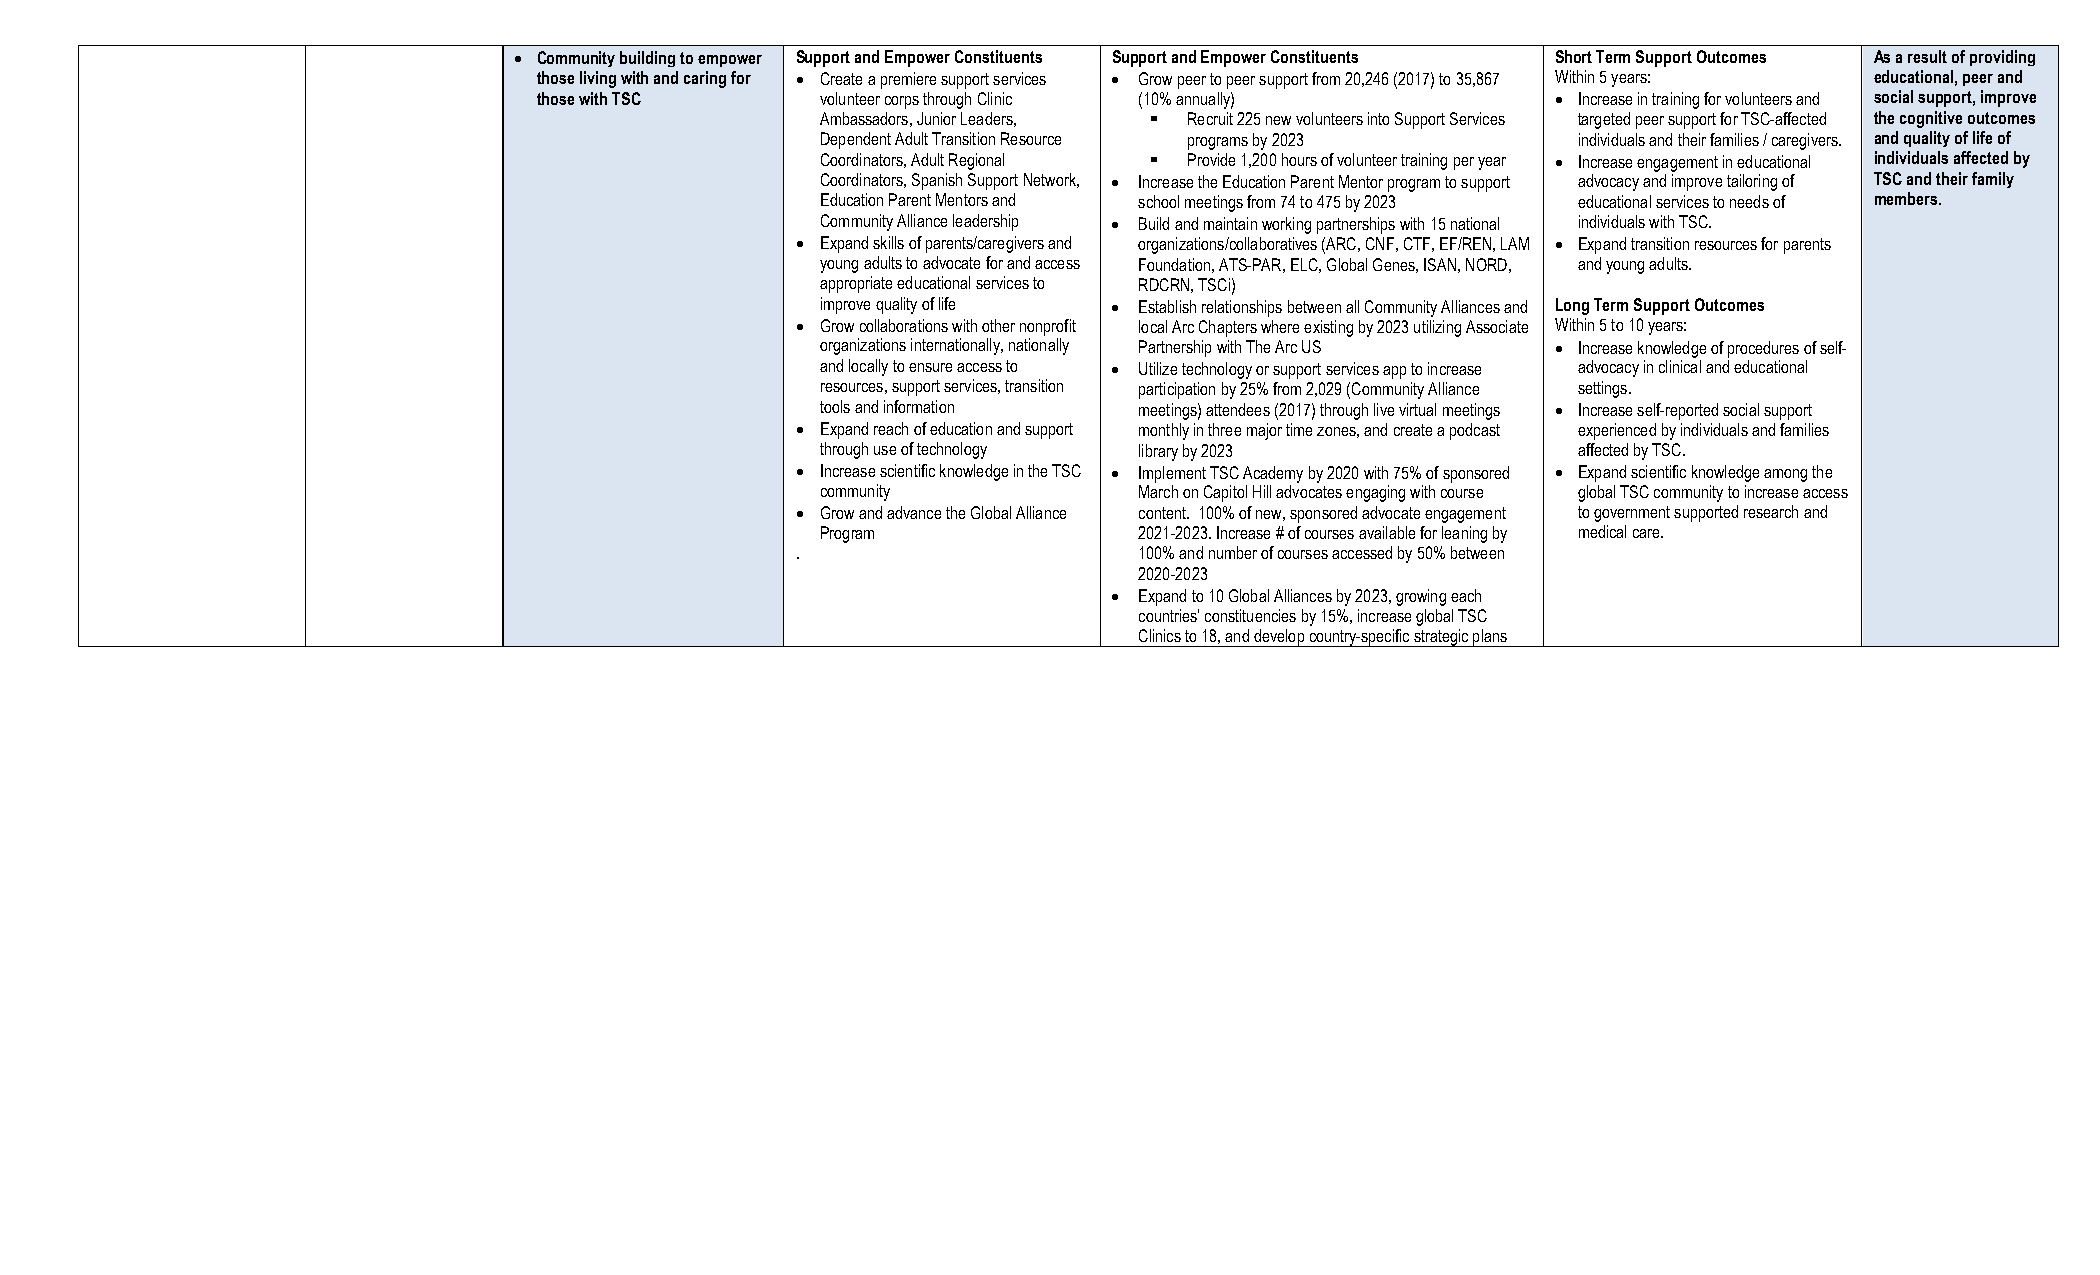
• Community building to empower Support and Empower Constituents Support and Empower Constituents Short Term Support Outcomes As a result of providing
 those living with and caring for • Create a premiere support services • Grow peer to peer support from 20,246 (2017) to 35,867 Within 5 years: educational, peer and
 those with TSC    volunteer corps through Clinic (10% annually)    • Increase in training for volunteers and social support, improve
 Ambassadors, Junior Leaders, § Recruit 225 new volunteers into Support Services targeted peer support for TSC-affected the cognitive outcomes
 Dependent Adult Transition Resource programs by 2023 individuals and their families / caregivers. and quality of life of
 Coordinators, Adult Regional § Provide 1,200 hours of volunteer training per year • Increase engagement in educational individuals affected by
 Coordinators, Spanish Support Network, • Increase the Education Parent Mentor program to support advocacy and improve tailoring of TSC and their family
 Education Parent Mentors and school meetings from 74 to 475 by 2023 educational services to needs of members.
 Community Alliance leadership • Build and maintain working partnerships with 15 national individuals with TSC.
 • Expand skills of parents/caregivers and organizations/collaboratives (ARC, CNF, CTF, EF/REN, LAM • Expand transition resources for parents
 young adults to advocate for and access Foundation, ATS-PAR, ELC, Global Genes, ISAN, NORD, and young adults.
 appropriate educational services to RDCRN, TSCi)
 improve quality of life • Establish relationships between all Community Alliances and Long Term Support Outcomes
 • Grow collaborations with other nonprofit local Arc Chapters where existing by 2023 utilizing Associate Within 5 to 10 years:
 organizations internationally, nationally Partnership with The Arc US • Increase knowledge of procedures of self-
 and locally to ensure access to • Utilize technology or support services app to increase advocacy in clinical and educational
 resources, support services, transition participation by 25% from 2,029 (Community Alliance settings.
 tools and information meetings) attendees (2017) through live virtual meetings • Increase self-reported social support
 • Expand reach of education and support monthly in three major time zones, and create a podcast experienced by individuals and families
 through use of technology library by 2023         affected by TSC.
 • Increase scientific knowledge in the TSC • Implement TSC Academy by 2020 with 75% of sponsored • Expand scientific knowledge among the
 community            March on Capitol Hill advocates engaging with course global TSC community to increase access
 • Grow and advance the Global Alliance content. 100% of new, sponsored advocate engagement to government supported research and
 Program              2021-2023. Increase # of courses available for leaning by medical care.
 .                     100% and number of courses accessed by 50% between
 2020-2023
 • Expand to 10 Global Alliances by 2023, growing each
 countries’ constituencies by 15%, increase global TSC
 Clinics to 18, and develop country-specific strategic plans